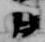
日